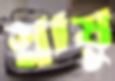
স্নায়ু